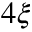
4 \xi